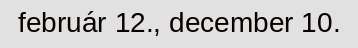
február 12., december 10.